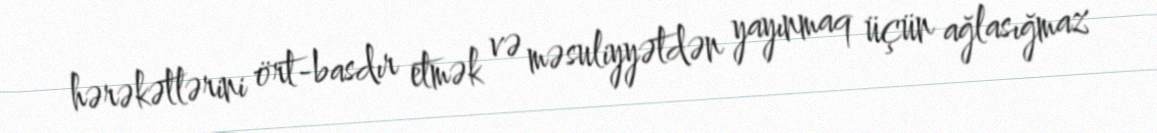
hərəkətlərini ört-basdır etmək və məsuliyyətdən yayınmaq üçün ağlasığmaz